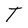
Character: T